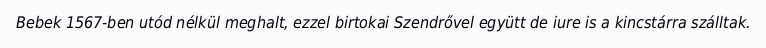
Bebek 1567-ben utód nélkül meghalt, ezzel birtokai Szendrővel együtt de iure is a kincstárra szálltak.